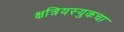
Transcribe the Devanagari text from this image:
क्षत्रियस्युकचा